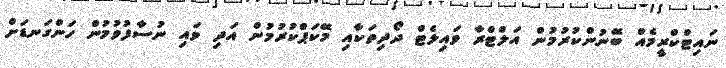
ނައިޓްކްރީމެއް ބޭނުންކުރުމުން އަލްޓްރާ ވައިލެޓް ދޯދިތަކާއި މޭކަޕްކުރުމުން އަދި ވައި ނުސާފުވުމުން ހަންގަނޑަށް